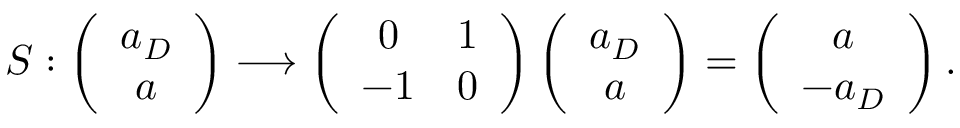
S : \left( \begin{array} { c } { { a _ { D } } } \\ { { a } } \end{array} \right) \longrightarrow \left( \begin{array} { c c } { { 0 } } & { { 1 } } \\ { { - 1 } } & { { 0 } } \end{array} \right) \left( \begin{array} { c } { { a _ { D } } } \\ { { a } } \end{array} \right) = \left( \begin{array} { c } { { a } } \\ { { - a _ { D } } } \end{array} \right) .